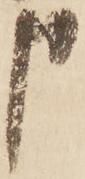
申